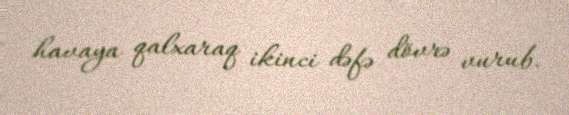
havaya qalxaraq ikinci dəfə dövrə vurub.